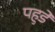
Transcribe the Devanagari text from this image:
पहुडे